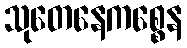
သုတေနေကစ္စေန